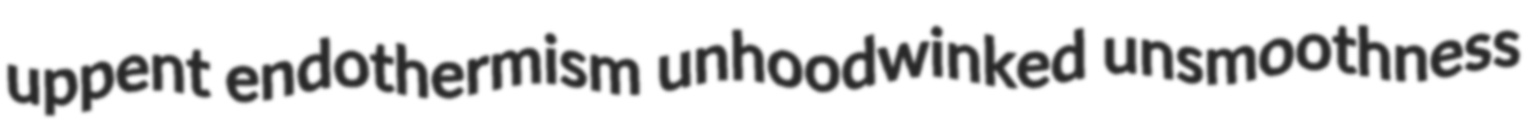
uppent endothermism unhoodwinked unsmoothness